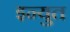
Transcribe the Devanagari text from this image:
इन्युत